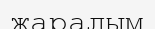
жаралым